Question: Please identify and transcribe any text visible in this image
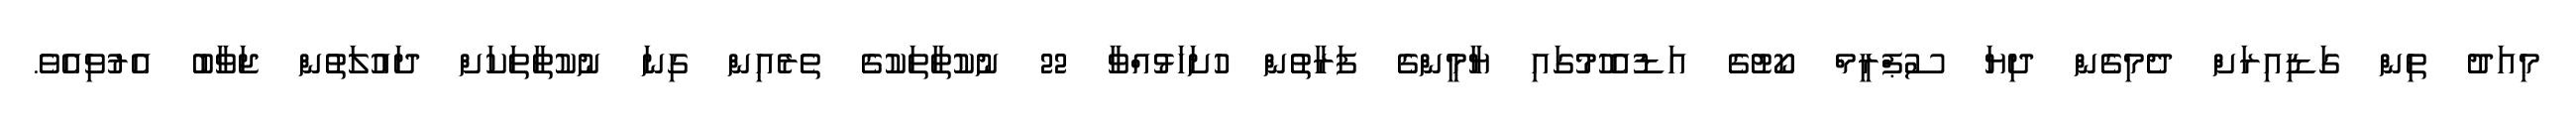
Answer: މިއަދު ތިން ގަޑިއިރަށް ދެމިގެން ދިޔަ ސުޕްރީމް ކޯޓުގެ އަޑުއެހުމުގައި ޔާމީންގެ ފަރާތުން ހުށަހަޅުއްވާ 22 ނުކުތާތަކުގެ ތެރެއިން ގިނަ ނުކުތާތަކަށް ދައުލަތުން ޖަވާބު އެރުވިއެވެ.